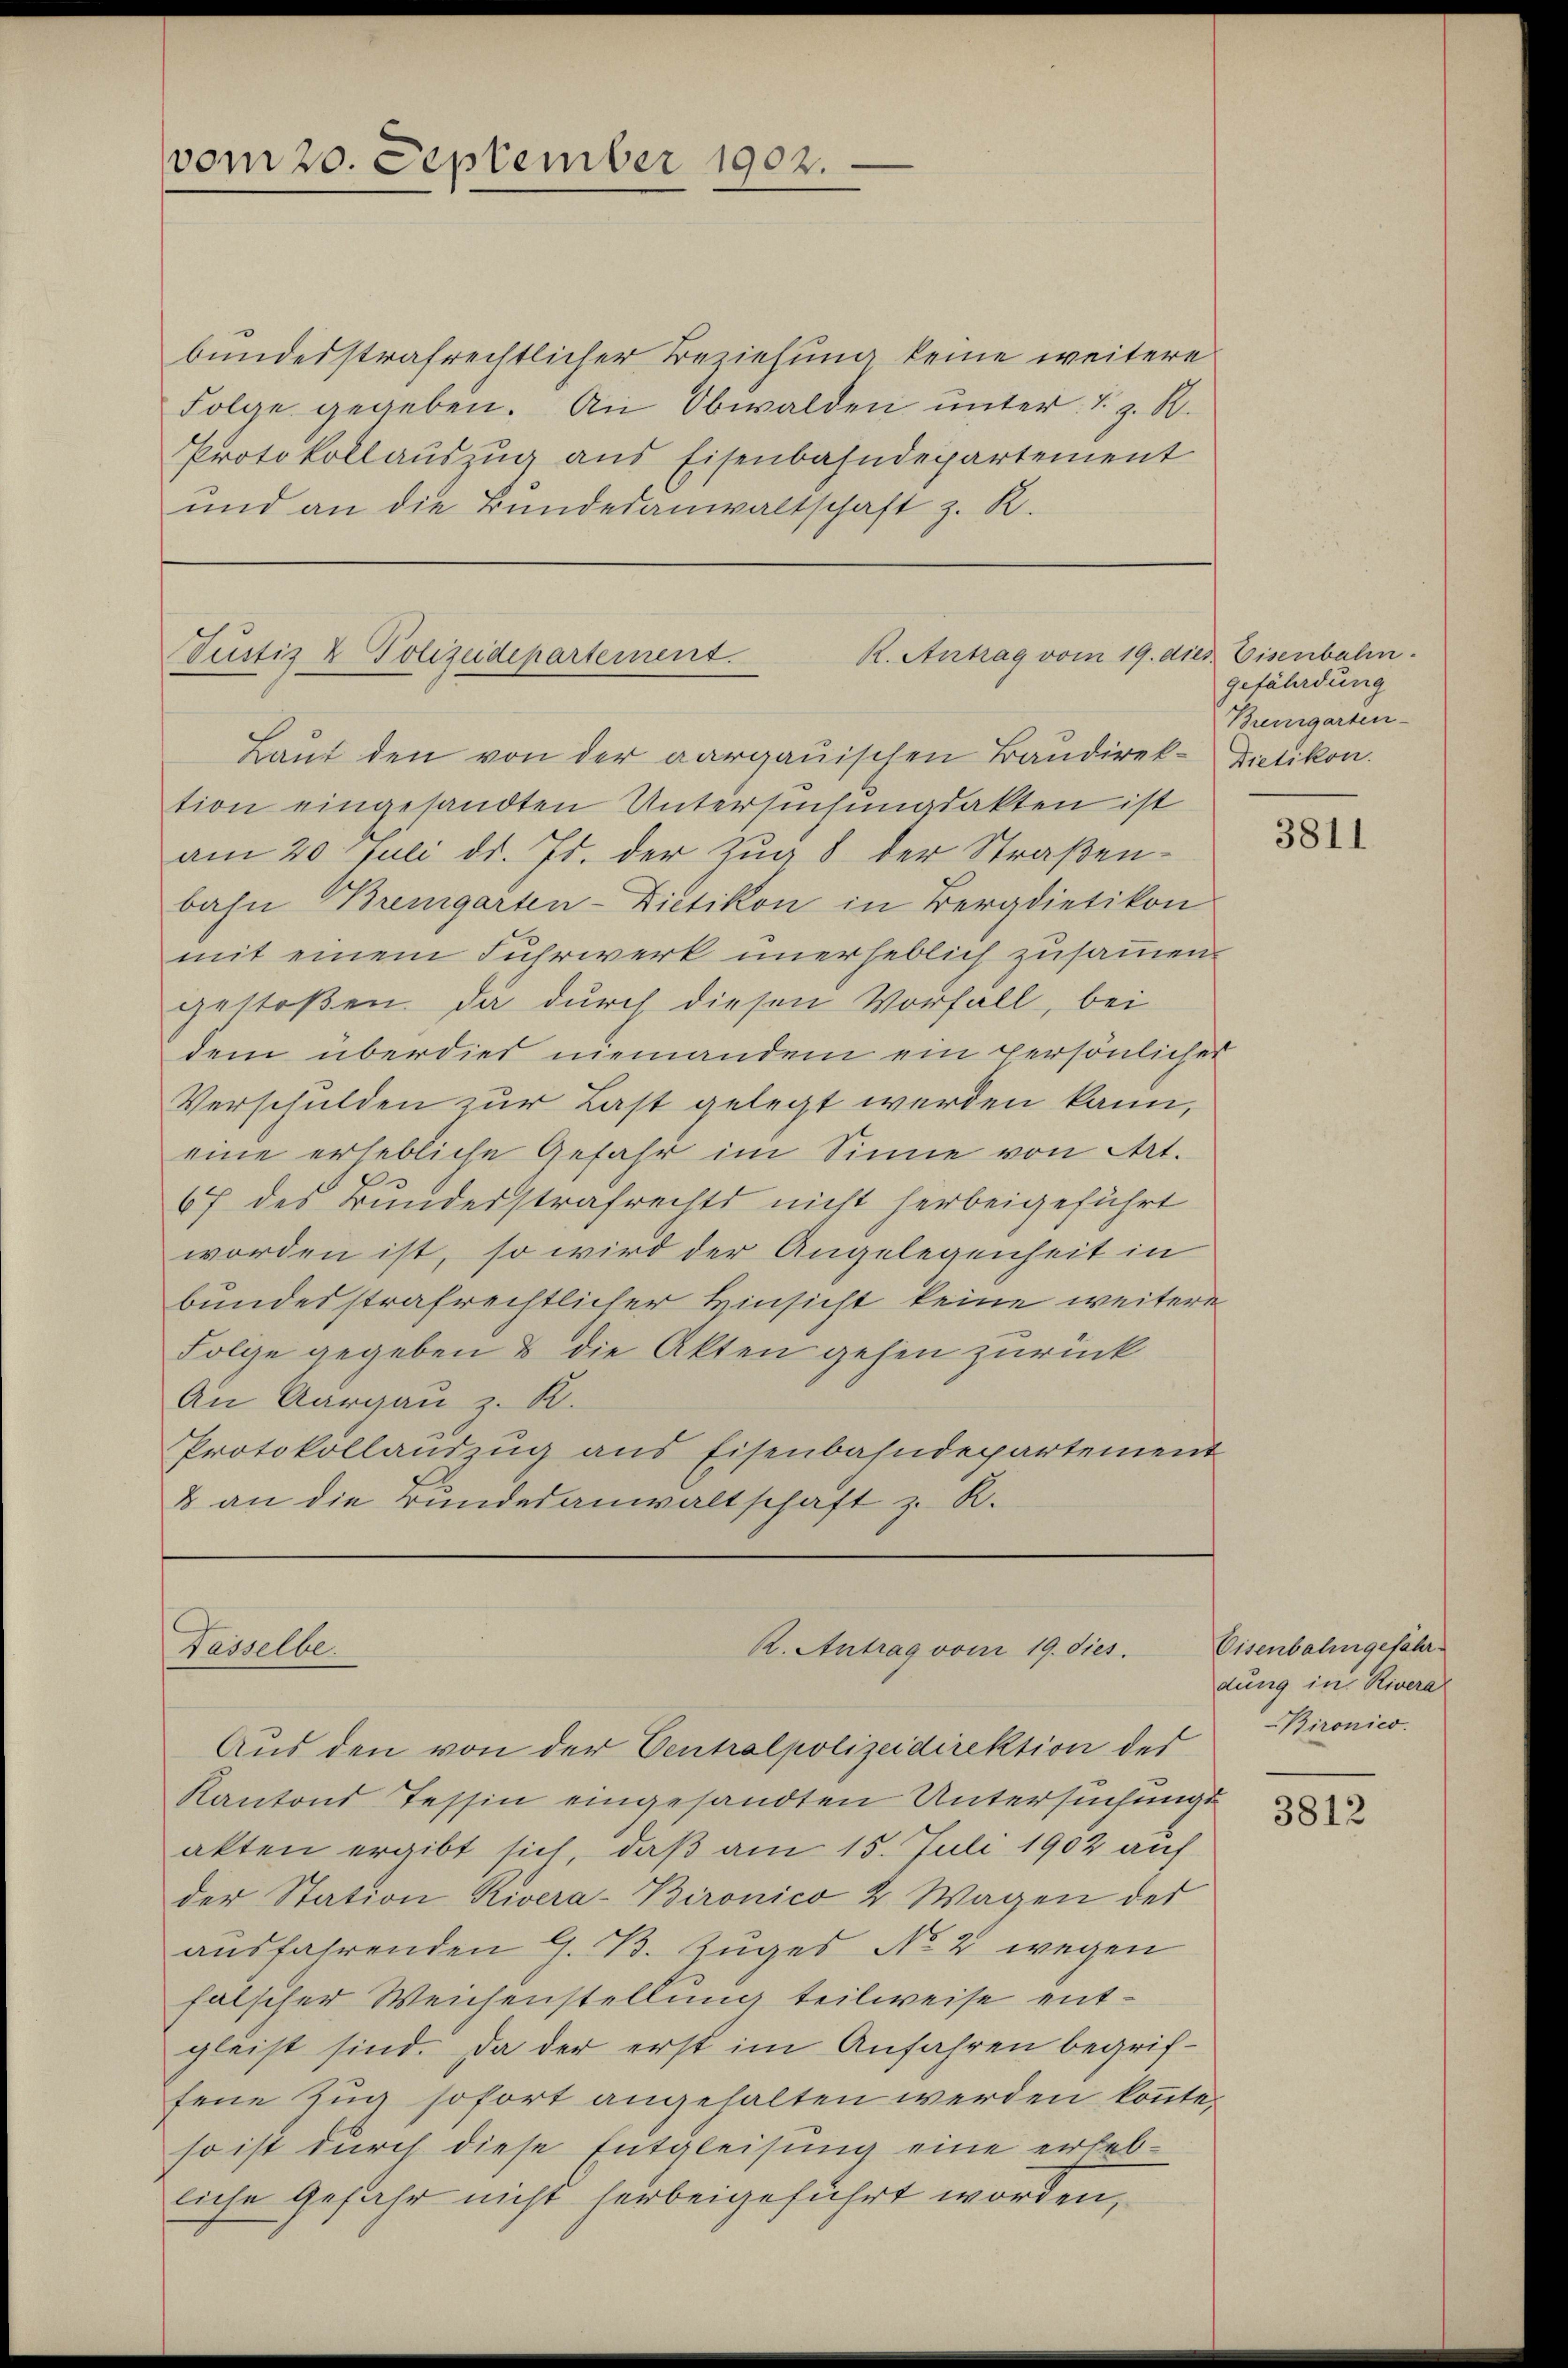
vom 20. September 1902.

bundesstrafrechtlicher Beziehung keine weitere
Folge gegeben. An Obwalden unter. S. z. B.
Protokollauszug aus Eisenbahndepartement
und an die Bundesanwaltschaft z. R.

R. Antrag vom 19. dies. Eisenbahn.
Tustiz & Polizeidepartement.

Laut den von der aargauischen Baudirek-Dietikon.
tion eingesandten Untersuchungsakten ist
am 20. Juli d. Js. der Zug 8 der Straßenbahn Bremgarten-Dietikon in Bergdietikon
mit einem Fuhrwerk unerheblich zusammen
gestoßen. Da durch diesen Vorfall, bei
dem überdies niemandem ein persönlicher
Verschulden zur Last gelegt werden kann,
eine erhebliche Gefahr im Sinne von Art.
67 des Bundesstrafrechts nicht herbeigeführt
worden ist, so wird der Angelegenheit in
bundesstrafrechtlicher Hinsicht keine weitere
Folge gegeben & die Akten gehen zurück
An Aargau z. B.
Protokollandzug aus Eisenbahndepartement
& an die Bundesanwaltschaft z. R.

R. Antrag vom 19. dies.
Fesselbe

Aus den von der Centralpolizeidirektion des
Kantons Tessin eingesandten Untersuchungsakten ergibt sich, daß am 15. Juli 1902 auf
der Station Kivera-Bironico 2 Wagen der
ausfahrenden G. B. Zuges No 2 wegen
falscher Weichenstellung teilweise entgleist sind. Da der erst im Anfahren begriffene Zug sofort angehalten werden könnte.
so ist durch diese Entgleisung eine erhebliche Gefahr nicht herbeigeführt worden,

gefährdung
Bremgarten-

3811

Eisenbalingefahr.
dung in Rivera
Bironico.

3812